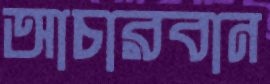
আচারবান